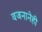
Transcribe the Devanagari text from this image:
वजनानेही